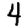
Digit: 4